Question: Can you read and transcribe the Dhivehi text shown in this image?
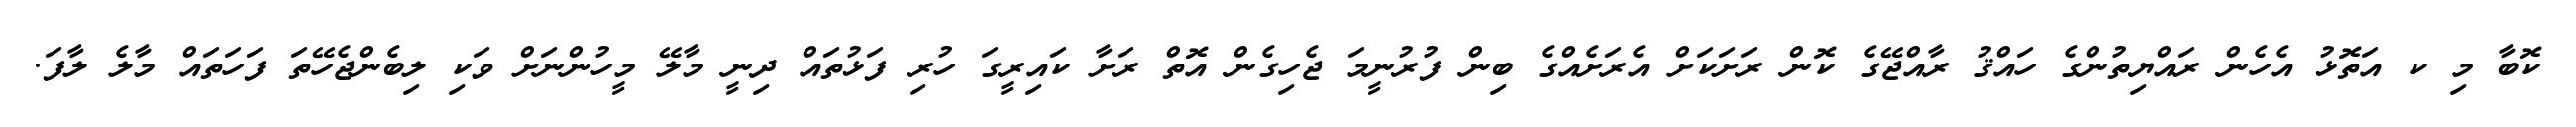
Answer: ކޮބާ މި ކ އަތޮޅު އެހެން ރައްޔިތުންގެ ހައްޤު ރާއްޖޭގެ ކޮން ރަށަކަށް އެރަށެއްގެ ބިން ފުރުނީމަ ޖެހިގެން އޮތް ރަށާ ކައިރީގަ ހުރި ފަޅުތައް ދިނީ މާލޭ މީހުންނަށް ވަކި ލިބެންޖެހޭތަ ފަހަތައް މާލެ ލާފަ.